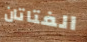
الفتاتان